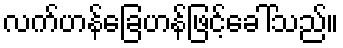
လက်ဟန်ခြေဟန်ဖြင့်ခေါ်သည်။